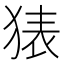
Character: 𰡜